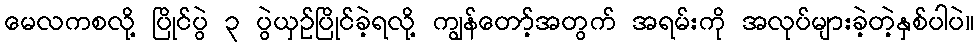
မေလကစလို့ ပြိုင်ပွဲ ၃ ပွဲယှဉ်ပြိုင်ခဲ့ရလို့ ကျွန်တော့်အတွက် အရမ်းကို အလုပ်များခဲ့တဲ့နှစ်ပါပဲ။